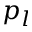
p _ { l }